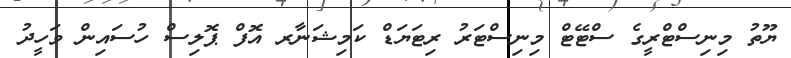
ޔޫތު މިނިސްޓްރީގެ ސްޓޭޓް މިނިސްޓަރު ރިޓަޔަޑް ކަމިޝަނާރ އޮފް ޕޮލިސް ހުސައިން ވަހީދު